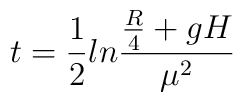
t= \frac{1}{2} ln\frac{\frac{R}{4}+ g H}{\mu^2}